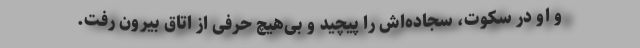
و او در سکوت، سجاده‌اش را پیچید و بی‌هیچ حرفی از اتاق بیرون رفت.